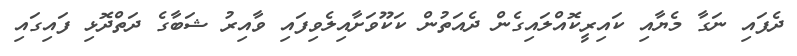
ދެފައި ނަގާ މެޔާއި ކައިރީކޮއްލައިގެން ދެއަތުން ކަކޫވަށާއިލެވިފައި ވާއިރު ޝަބާގެ ދަތްދޮޅި ފައިގައި